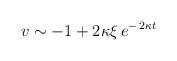
LaTeX: \begin{align*}\:v \sim -1 + 2\kappa \xi \,e^{-\,2\kappa t}\:\end{align*}